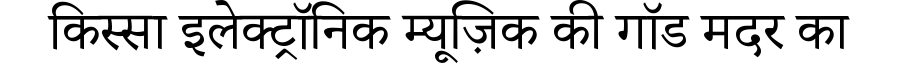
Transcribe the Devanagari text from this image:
किस्सा इलेक्ट्रॉनिक म्यूज़िक की गॉड मदर का